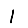
Digit: 1